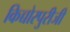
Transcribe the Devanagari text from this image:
किच्चोरपुरीजी